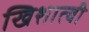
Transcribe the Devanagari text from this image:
खिशात्बी